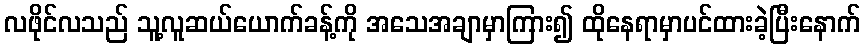
လဖိုင်လသည် သူ့လူဆယ်ယောက်ခန့်ကို အသေအချာမှာကြား၍ ထိုနေရာမှာပင်ထားခဲ့ပြီးနောက်